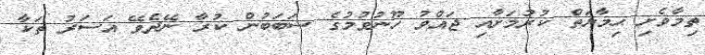
ތިމާވެށި ޙިމާޔަތް ކުރުމަށާއި ޖައްވު ހޫނުވުމުގެ ސަބަބުން ކުރާ ނޭދެވޭ އަސަރު ތަކާ